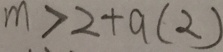
m > 2 + a ( 2 )